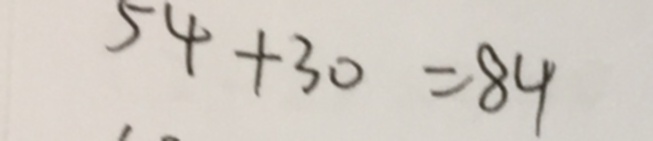
5 4 + 3 0 = 8 4